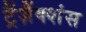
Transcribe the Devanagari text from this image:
ट्रैंज़ैंक्शंस